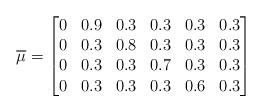
LaTeX: \begin{align*} \overline{\mu} = \begin{bmatrix} 0 & 0.9 & 0.3 & 0.3 & 0.3 & 0.3 \\ 0 & 0.3 & 0.8 & 0.3 & 0.3 & 0.3 \\ 0 & 0.3 & 0.3 & 0.7 & 0.3 & 0.3 \\ 0 & 0.3 & 0.3 & 0.3 & 0.6 & 0.3 \\ \end{bmatrix}\end{align*}